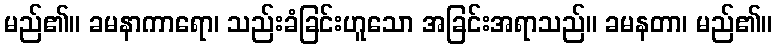
မည်၏။ ခမနာကာရော၊ သည်းခံခြင်းဟူသော အခြင်းအရာသည်။ ခမနတာ၊ မည်၏။